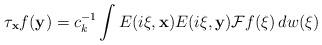
LaTeX: \begin{align*} \tau_{\mathbf x}f(\mathbf y)=c_k^{-1}\int E(i\xi , \mathbf x)E(i\xi , \mathbf y)\mathcal Ff(\xi)\, dw(\xi)\end{align*}